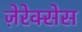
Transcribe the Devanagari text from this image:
ज़ेरेक्सेस